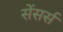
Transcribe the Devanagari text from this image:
सेंसर्स